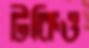
টকিও